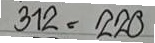
312 = 220